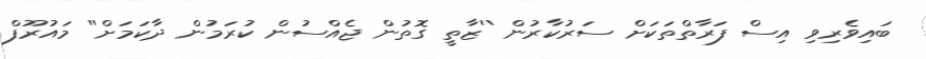
ބައިވެރިވި އިސް ފަރާތްތަކަށް ސަރުކާރުން ''ޒާތީ ގޮތުން ޖެއްސުން ކުރަމުން ދާކަމަށް'' މައުރޫފް